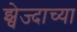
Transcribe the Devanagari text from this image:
झ्वेज्दाच्या